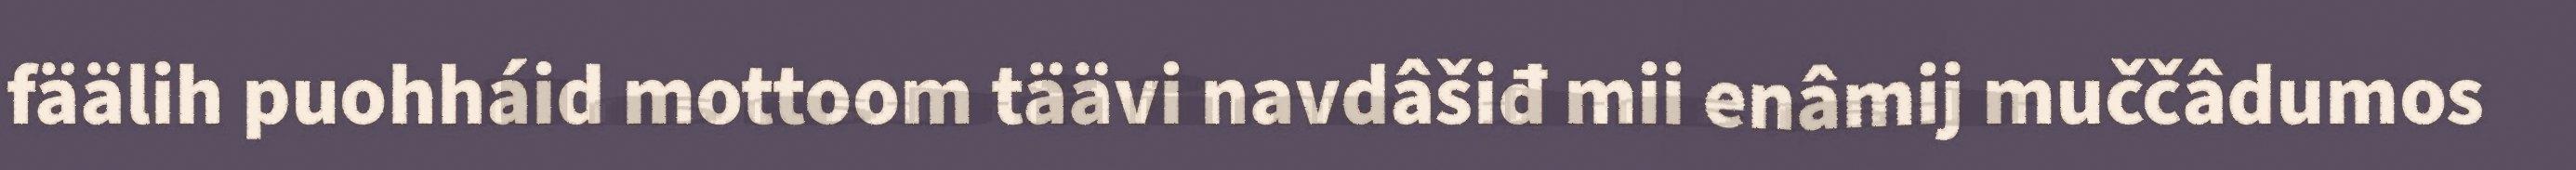
fäälih puohháid mottoom täävi navdâšiđ mii enâmij muččâdumos